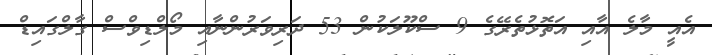
އެއީ މާލެ އާއި އަތޮޅުތެރޭގެ 9 ސްކޫލަކުން 53 ދަރިވަރުންނާއި މޯލްޑިވްސް ގާލްގައިޑް